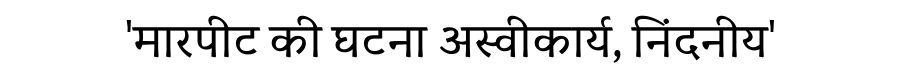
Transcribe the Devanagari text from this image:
'मारपीट की घटना अस्वीकार्य, निंदनीय'